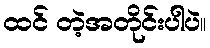
ထင် တဲ့အတိုင်းပါပဲ။